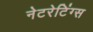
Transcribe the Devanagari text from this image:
नेटरेटिंग्स